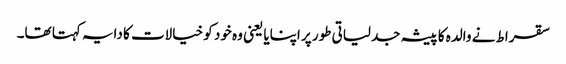
سقراط نے والدہ کا پیشہ جدلیاتی طور پر اپنایا یعنی وہ خود کو خیالات کا دایہ کہتا تھا۔